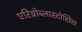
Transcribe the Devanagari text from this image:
एरिथ्रोब्लास्टोसिस